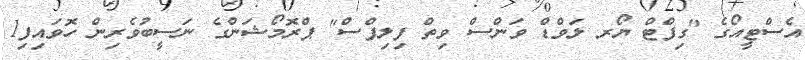
އެސްޓީއޯގެ "ގިފްޓް ޔޯރ ލަވްޑް ވަންސް ވިތް ފިލިޕްސް" ޕްރޮމޯޝަންގެ ނަސީބުވެރިން ހޮވައިފި1